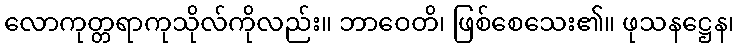
လောကုတ္တရာကုသိုလ်ကိုလည်း။ ဘာဝေတိ၊ ဖြစ်စေသေး၏။ ဖုသနဋ္ဌေန၊